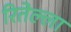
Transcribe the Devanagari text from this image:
रितेल्ला